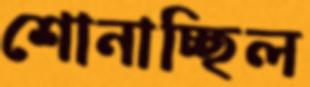
শোনাচ্ছিল